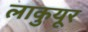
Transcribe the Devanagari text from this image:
लाकुयूर